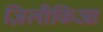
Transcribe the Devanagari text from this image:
ज़िलीकिआ